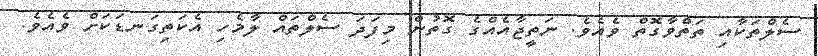
ސެލްތަކާއި ތަތްވާގޮތް ވެއެވެ. ނަތީޖާއެއްގެ ގޮތުން މިފަދަ ސެލްތައް ލާމެހި އެކަތިގަނޑަކަށް ވެއެވެ.